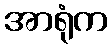
အာရုံက